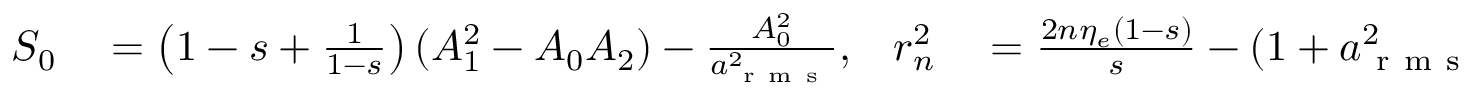
\begin{array} { r l r l } { S _ { 0 } } & { { } = \left( 1 - s + \frac { 1 } { 1 - s } \right) ( A _ { 1 } ^ { 2 } - A _ { 0 } A _ { 2 } ) - \frac { A _ { 0 } ^ { 2 } } { a _ { \mathrm { ~ r ~ m ~ s ~ } } ^ { 2 } } , } & { r _ { n } ^ { 2 } } & { { } = \frac { 2 n \eta _ { e } ( 1 - s ) } { s } - ( 1 + a _ { \mathrm { ~ r ~ m ~ s ~ } } ^ { 2 } ) . } \end{array}